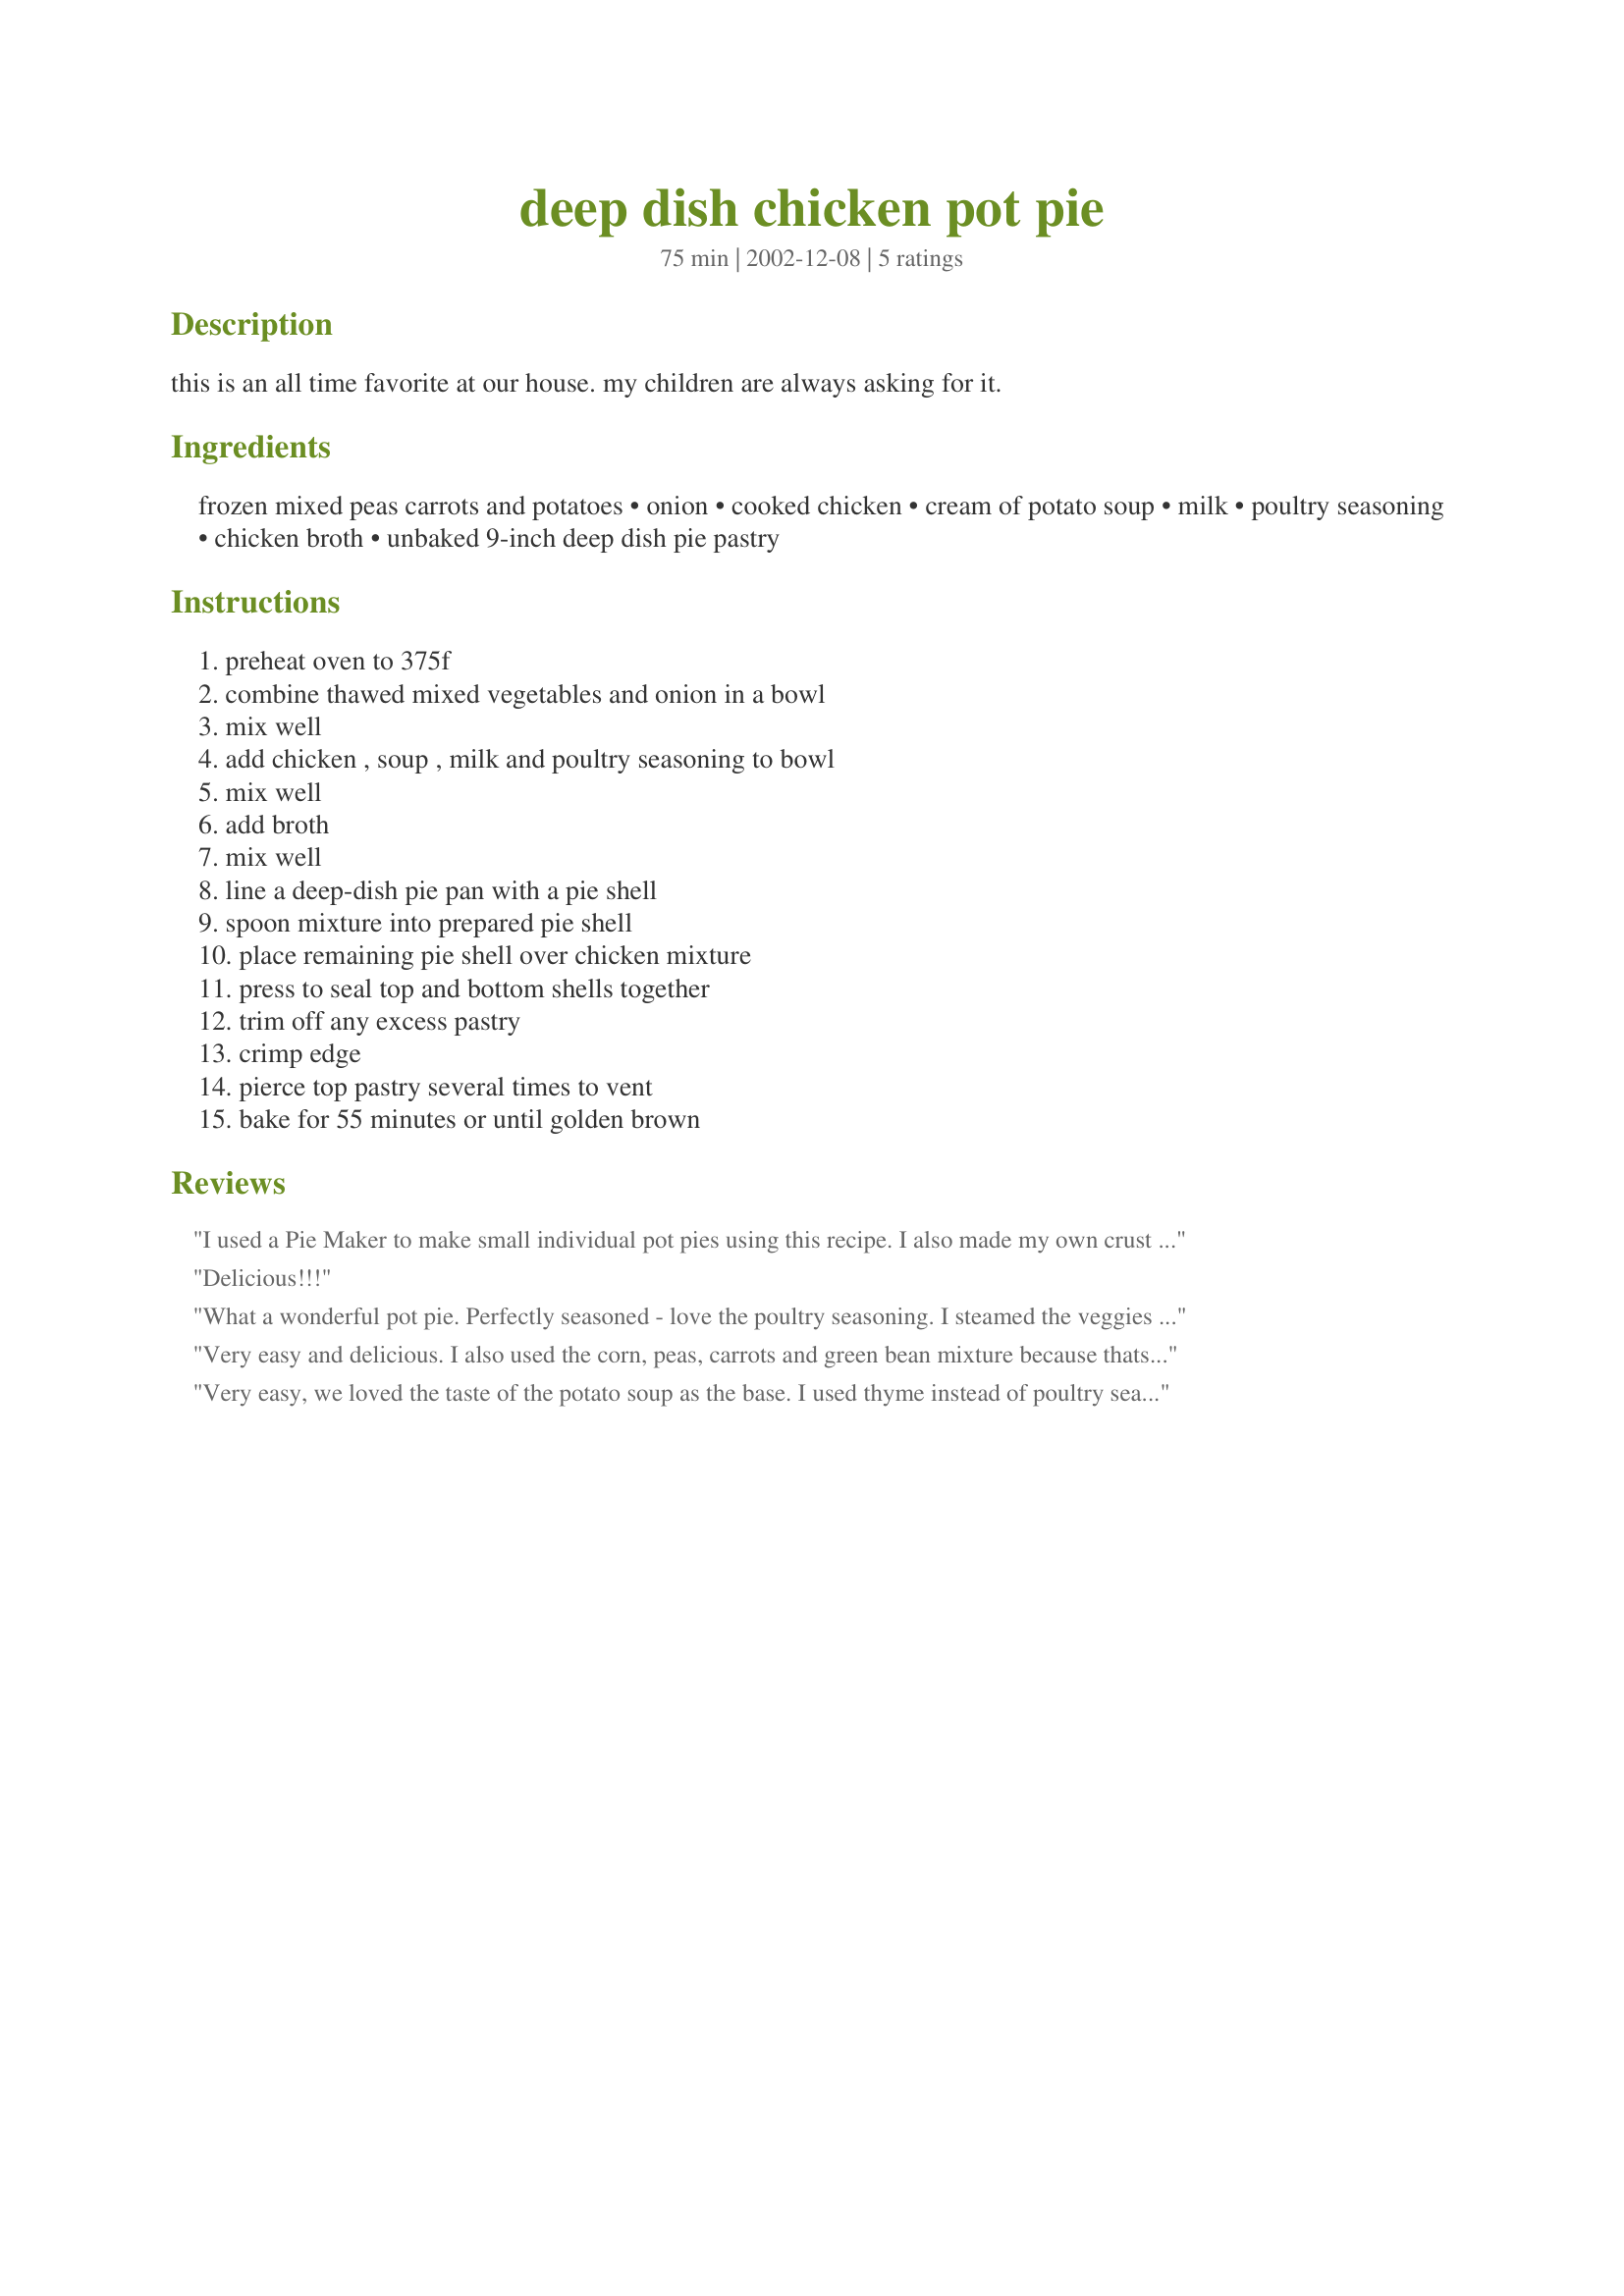
deep dish chicken pot pie
Preparation time: 75 minutes

this is an all time favorite at our house. my children are always asking for it.

Ingredients:
frozen mixed peas carrots and potatoes, onion, cooked chicken, cream of potato soup, milk, poultry seasoning, chicken broth, unbaked 9-inch deep dish pie pastry

Steps:
preheat oven to 375f, combine thawed mixed vegetables and onion in a bowl, mix well, add chicken , soup , milk and poultry seasoning to bowl, mix well, add broth, mix well, line a deep-dish pie pan with a pie shell, spoon mixture into prepared pie shell, place remaining pie shell over chicken mixture, press to seal top and bottom shells together, trim off any excess pastry, crimp edge, pierce top pastry several times to vent, bake for 55 minutes or until golden brown

Reviews:
I used a Pie Maker to make small individual pot pies using this recipe. I also made my own crust (Martha Stewarts Foolproof Pie Crust Recipe #59026). They were fantastic and super easy! Thank you for posting!
Delicious!!!
What a wonderful pot pie. Perfectly seasoned - love the poultry seasoning. I steamed the veggies and softened up the onion first.
Very easy and delicious. I also used the corn, peas, carrots and green bean mixture because thats what I had in the freezer. I added a small cooked potatoe to the mixture. Thanks HeatherP for a great recipe.
Very easy, we loved the taste of the potato soup as the base. I used thyme instead of poultry seasoning and 10oz of the corn,pea,carrot,green bean veggie mix.
